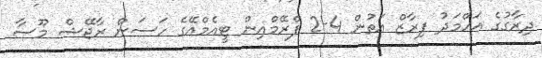
ދިރާގުގެ އަހްމަދު ފިރާޒް އަތުން 4-2 ފްރޭމްއިން ޓީއެމްއޭގެ ހަސަން ރާޖޭޝް މޫސާ